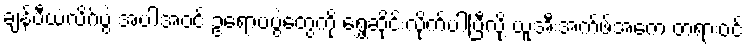
ချန်ပီယံလိဂ်ပွဲ အပါအဝင် ဥရောပပွဲတွေကို ရွှေ့ဆိုင်းလိုက်ပါပြီလို့ ယူအီးအက်ဖ်အေက တရားဝင်